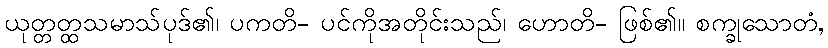
ယုတ္တတ္ထသမာသ်ပုဒ်၏၊ ပကတိ- ပင်ကိုအတိုင်းသည်၊ ဟောတိ- ဖြစ်၏။ စက္ခုသောတံ,